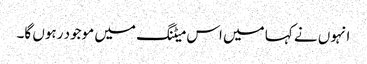
انہوں نے کہا میں اس میٹنگ میں موجود رہوں گا۔